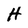
Character: H